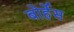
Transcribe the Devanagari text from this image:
बोर्हेस